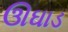
ઊઘાડ